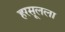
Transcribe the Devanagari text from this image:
हरसूलला